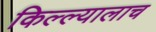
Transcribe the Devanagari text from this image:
किल्ल्यालाच